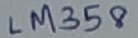
Text: LM358